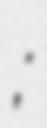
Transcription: ཀུར་སྨད་;